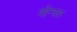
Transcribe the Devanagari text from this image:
व्हेनल